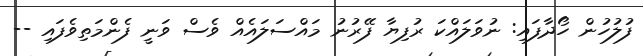
ފުލުހުން ހޯދާފައި: ނުވަލައްކަ ރުފިޔާ ފޭރުނު މައްސަލައެއް ވެސް ވަނީ ފެންމަތިވެފައި --